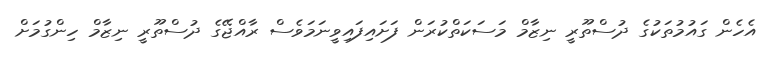
އެހެން ގައުމުތަކުގެ ދުސްތޫރީ ނިޒާމް މަސަކަތްކުރަން ފަށައިފައިވީނަމަވެސް ރާއްޖޭގެ ދުސްތޫރީ ނިޒާމް ހިންގުމަށް